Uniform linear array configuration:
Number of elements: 32
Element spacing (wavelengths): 0.75
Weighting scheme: cosine
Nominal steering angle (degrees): -60
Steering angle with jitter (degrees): -61.827
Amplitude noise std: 0.05
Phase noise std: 0.05

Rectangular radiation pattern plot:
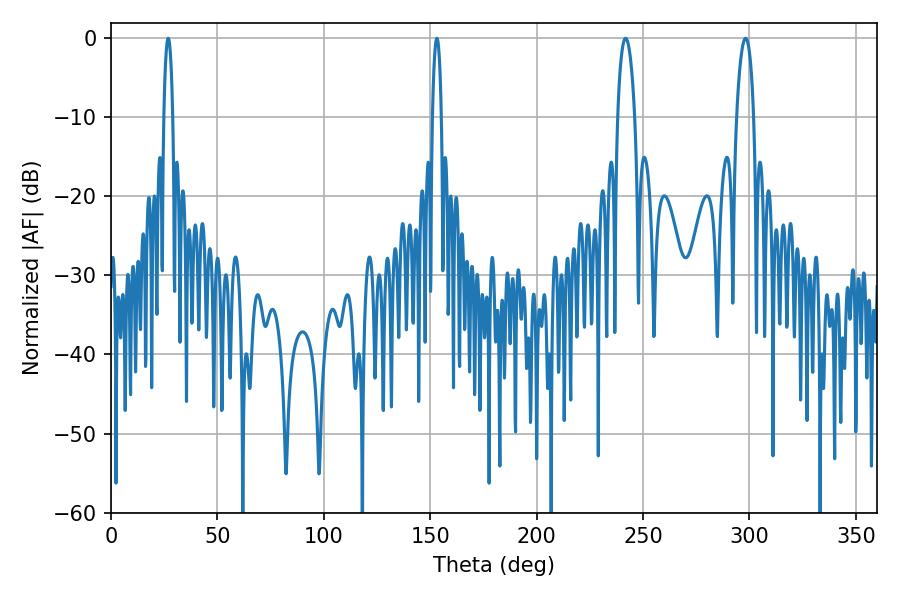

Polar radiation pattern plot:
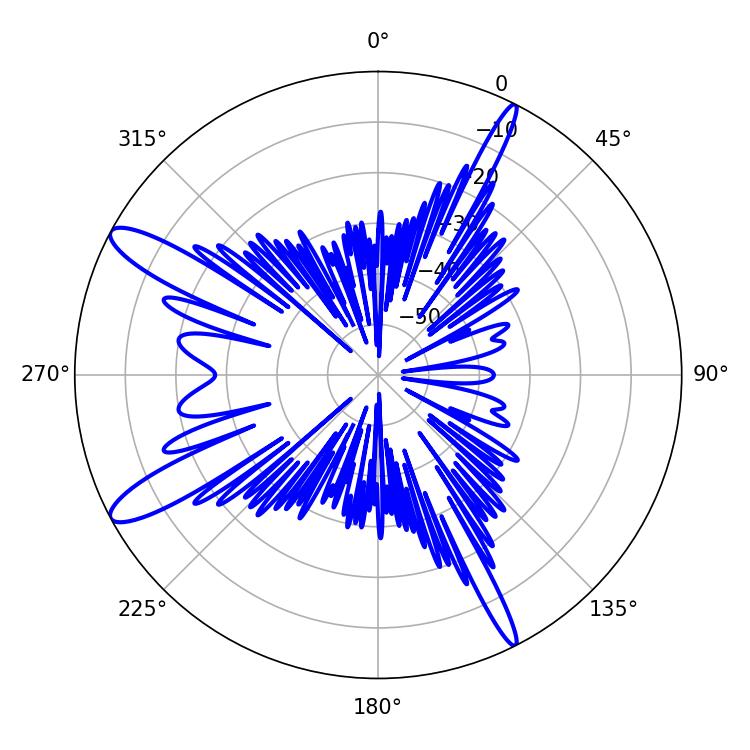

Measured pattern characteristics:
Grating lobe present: TRUE
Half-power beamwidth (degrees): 4.5
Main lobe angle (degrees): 241.74